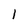
Character: 1